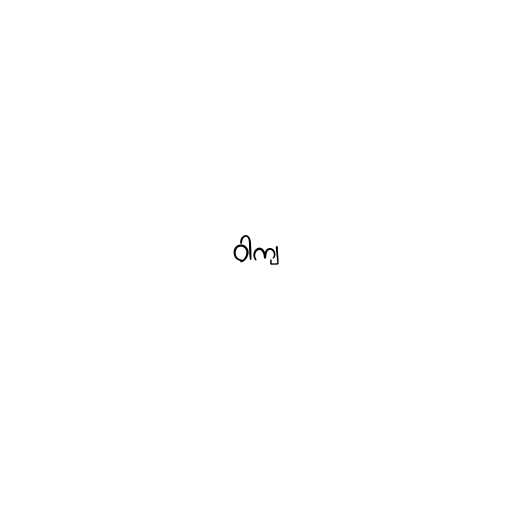
ဝါကျ